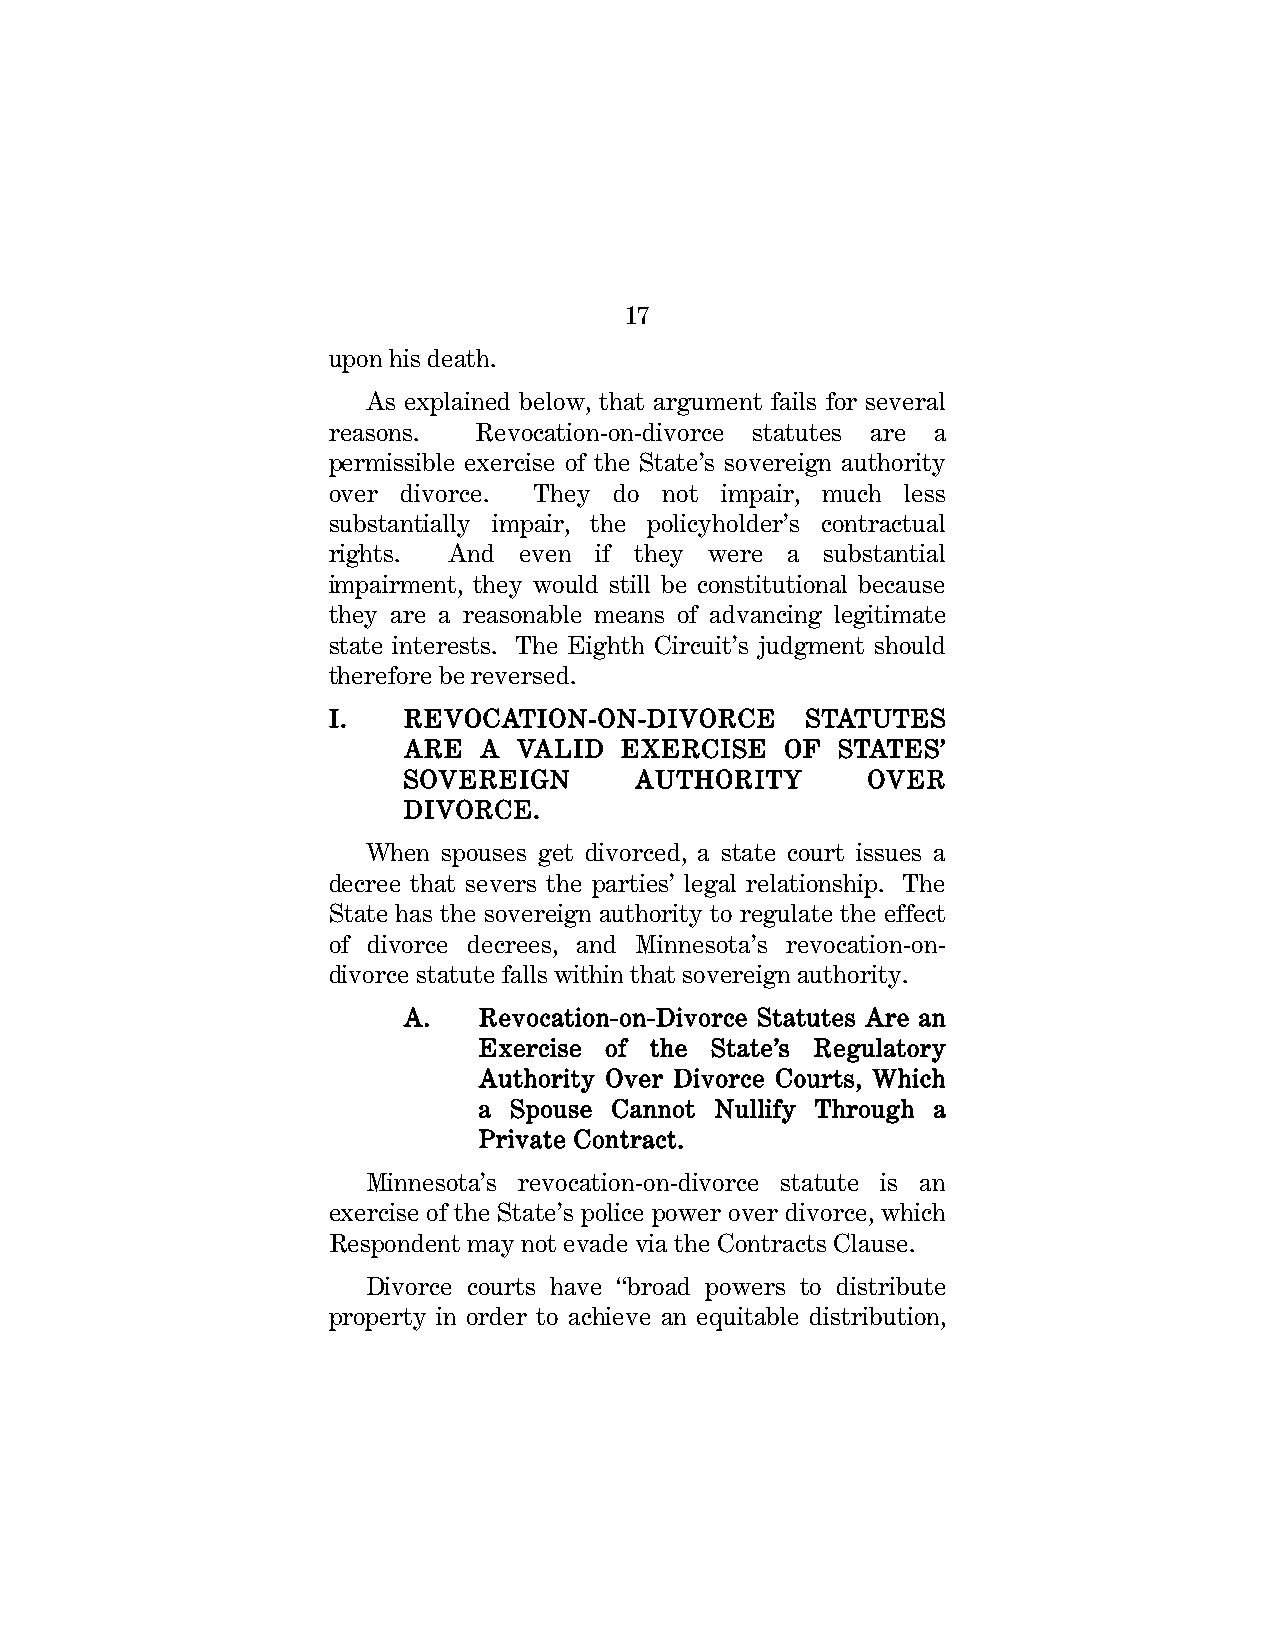
17
 upon his death.
 As explained below, that argument fails for several
 reasons. Revocation-on-divorce statutes are a
 permissible exercise of the State’s sovereign authority
 over divorce. They do not impair, much less
 substantially impair, the policyholder’s contractual
 rights. And even if they were a  substantial
 impairment, they would still be constitutional because
 they are a reasonable means of advancing legitimate
 state interests. The Eighth Circuit’s judgment should
 therefore be reversed.
 I.   REVOCATION-ON-DIVORCE     STATUTES
 ARE  A VALID  EXERCISE   OF STATES’
 SOVEREIGN      AUTHORITY      OVER
 DIVORCE.
 When spouses get divorced, a state court issues a
 decree that severs the parties’ legal relationship. The
 State has the sovereign authority to regulate the effect
 of divorce decrees, and Minnesota’s revocation-on-
 divorce statute falls within that sovereign authority.
 A.   Revocation-on-Divorce Statutes Are an
 Exercise of the State’s Regulatory
 Authority Over Divorce Courts, Which
 a Spouse Cannot Nullify Through a
 Private Contract.
 Minnesota’s revocation-on-divorce statute is an
 exercise of the State’s police power over divorce, which
 Respondent may not evade via the Contracts Clause.
 Divorce courts have “broad powers to distribute
 property in order to achieve an equitable distribution,